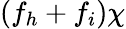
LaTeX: (f_{h}+f_{i})\chi